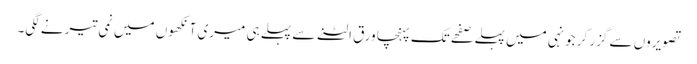
تصویروں سے گزر کر جونہی میں پہلے صفحے تک پہنچا ورق الٹنے سے پہلے ہی میری آنکھوں میں نمی تیرنے لگی۔